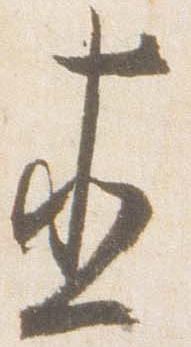
直